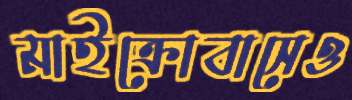
মাইক্রোবাসেও